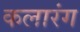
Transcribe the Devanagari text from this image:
कलारंग